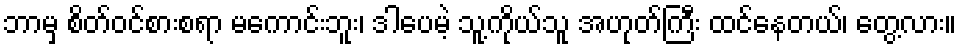
ဘာမှ စိတ်ဝင်စားစရာ မကောင်းဘူး၊ ဒါပေမဲ့ သူ့ကိုယ်သူ အဟုတ်ကြီး ထင်နေတယ်၊ တွေ့လား။